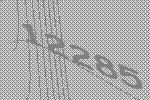
12285